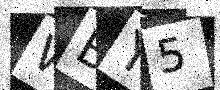
Text: WBY5